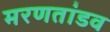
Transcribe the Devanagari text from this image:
मरणतांडव